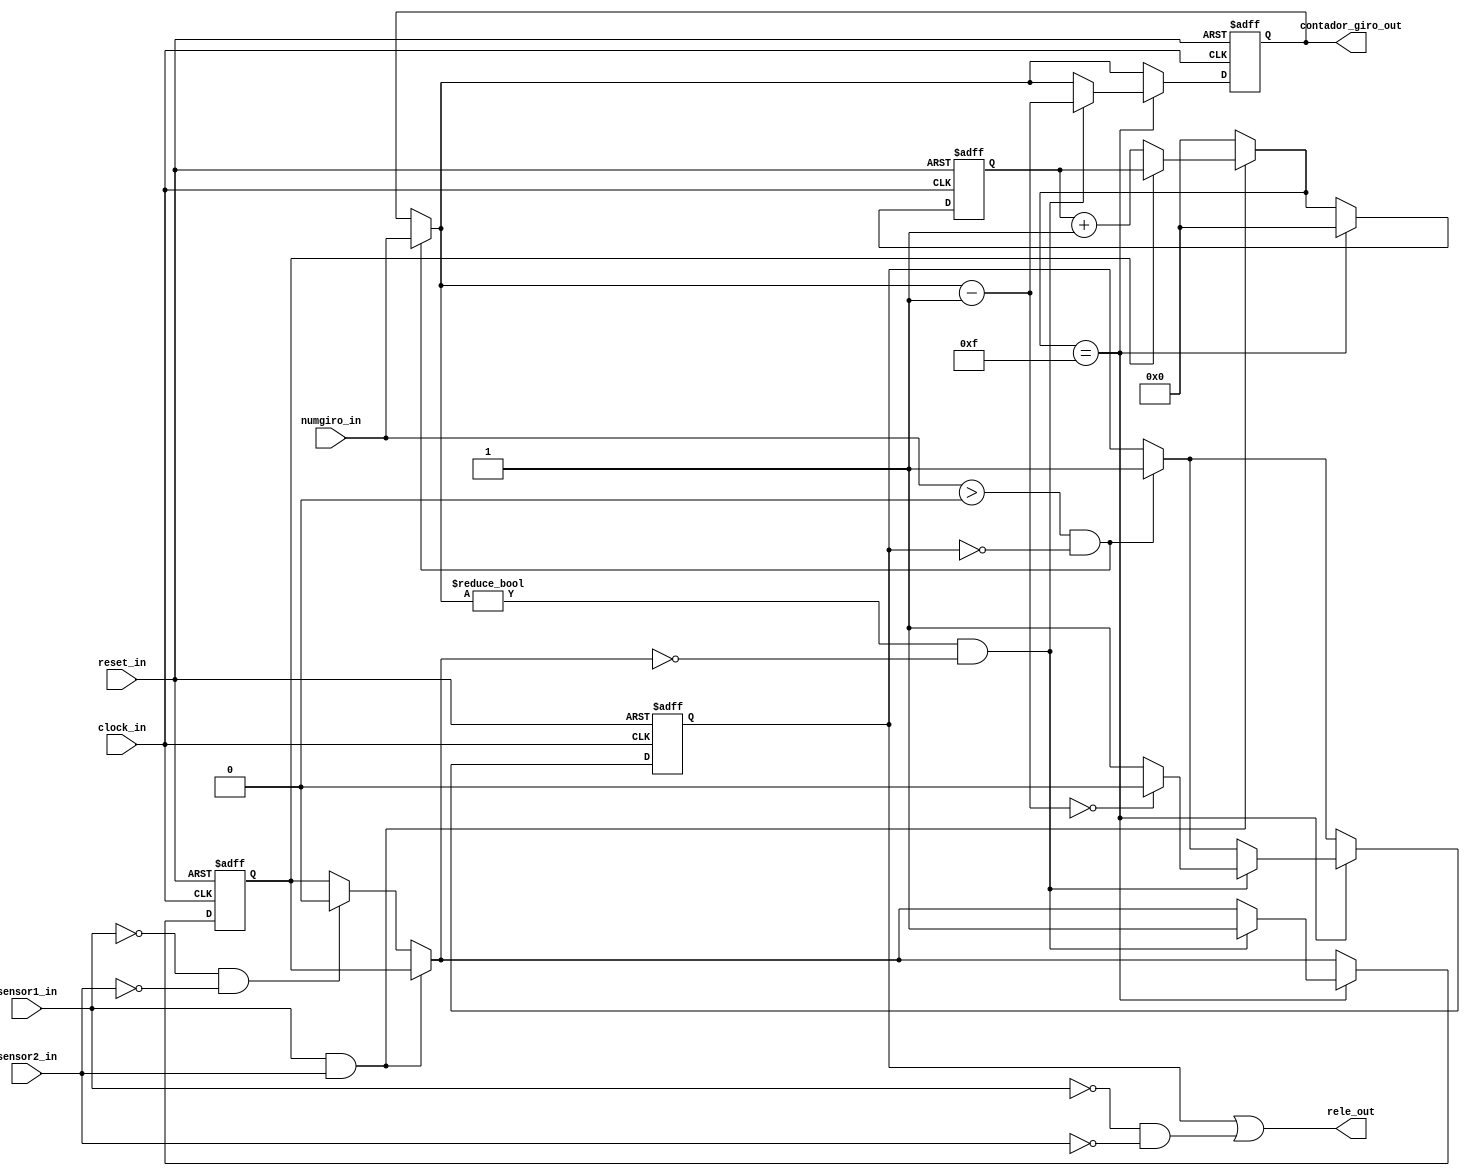
module rele(reset_in, clock_in, numgiro_in, contador_giro_out, sensor1_in, sensor2_in, rele_out);

// input
input reset_in, clock_in;
input wire sensor1_in, sensor2_in;
input wire [3:0] numgiro_in;

// output
output wire rele_out;
output wire [3:0] contador_giro_out;

// reg
reg girar;
reg [3:0] contador_giro;
reg [3:0] debounce_sensores;
reg espera_sensores;

// logica do rele
always @(posedge clock_in or posedge reset_in) begin
// reset dos reg
if(reset_in) begin
 girar = 1'b0;
 contador_giro = 4'b0000;
 debounce_sensores = 4'b0000;
 espera_sensores = 1'b1;
end
else begin
 
 // caso tenha uma tecla definida ativa o giro
 if(numgiro_in > 4'b0000 && girar == 1'b0)begin
  contador_giro = numgiro_in;
  girar = 1'b1;
 end
 
 // verifica se terminou de girar
 if(sensor1_in == 1'b1 && sensor2_in == 1'b1) begin
  if(espera_sensores == 1'b0) begin
   debounce_sensores = debounce_sensores + 4'b0001;
  end
 end
 else if(sensor1_in != 1'b1 && sensor2_in != 1'b1) begin
  debounce_sensores = 4'b0000;
  espera_sensores = 1'b0;
 end
 else begin
  debounce_sensores = 4'b0000;
 end
 
 // diminui o valor de num giro
 if(debounce_sensores == 4'b1111) begin
 
  debounce_sensores = 4'b0000;
  
  if(contador_giro != 4'b0000 && espera_sensores == 1'b0)begin
  
    contador_giro = contador_giro - 4'b0001;
    espera_sensores = 1'b1;
	 
	 // define a variavel girar
	 if(contador_giro == 4'b0000)begin
     girar = 1'b0;
    end
    else begin
     girar = 1'b1;
    end
	 
  end
 end
 
end
end

// girar + !s1*!s2
assign rele_out = girar | (!sensor1_in & !sensor2_in);

assign contador_giro_out = contador_giro;

endmodule